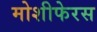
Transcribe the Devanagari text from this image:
मोशीफेरस